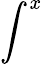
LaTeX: \int^{x}